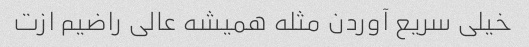
خیلی سریع آوردن مثله همیشه عالی راضیم ازت